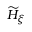
\ensuremath { \widetilde { H } } _ { \xi }